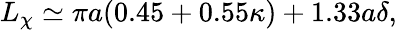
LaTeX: L_{\chi}\simeq\pi a(0.45+0.55\kappa)+1.33a\delta,